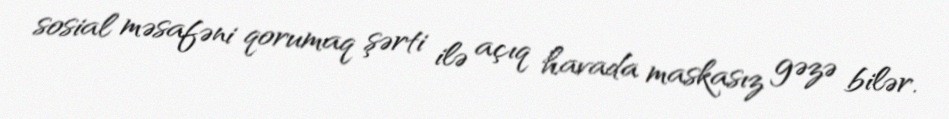
sosial məsafəni qorumaq şərti ilə açıq havada maskasız gəzə bilər.